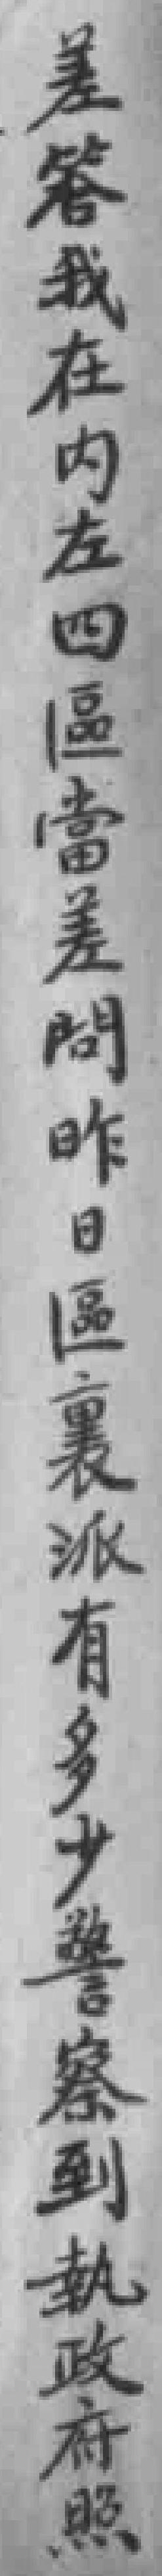
差答我在内左四區當差問昨日區裏派有多少警察到軌政府照